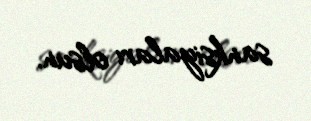
sanksiyaları olsun.